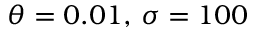
\theta = 0 . 0 1 , \, \sigma = 1 0 0